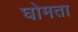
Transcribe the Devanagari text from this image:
घोमता